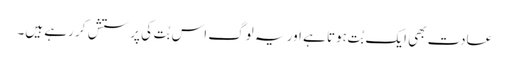
عادت بھی ایک بُت ہوتا ہے اور یہ لوگ اس بُت کی پرستش کر رہے ہیں۔